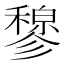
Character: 𫁇